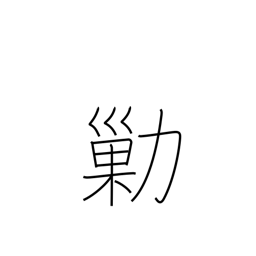
Meaning: steal